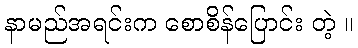
နာမည်အရင်းက စောစိန်ပြောင်း တဲ့ ။